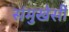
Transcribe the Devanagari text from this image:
संमुखेसी